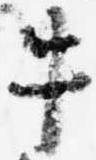
牛